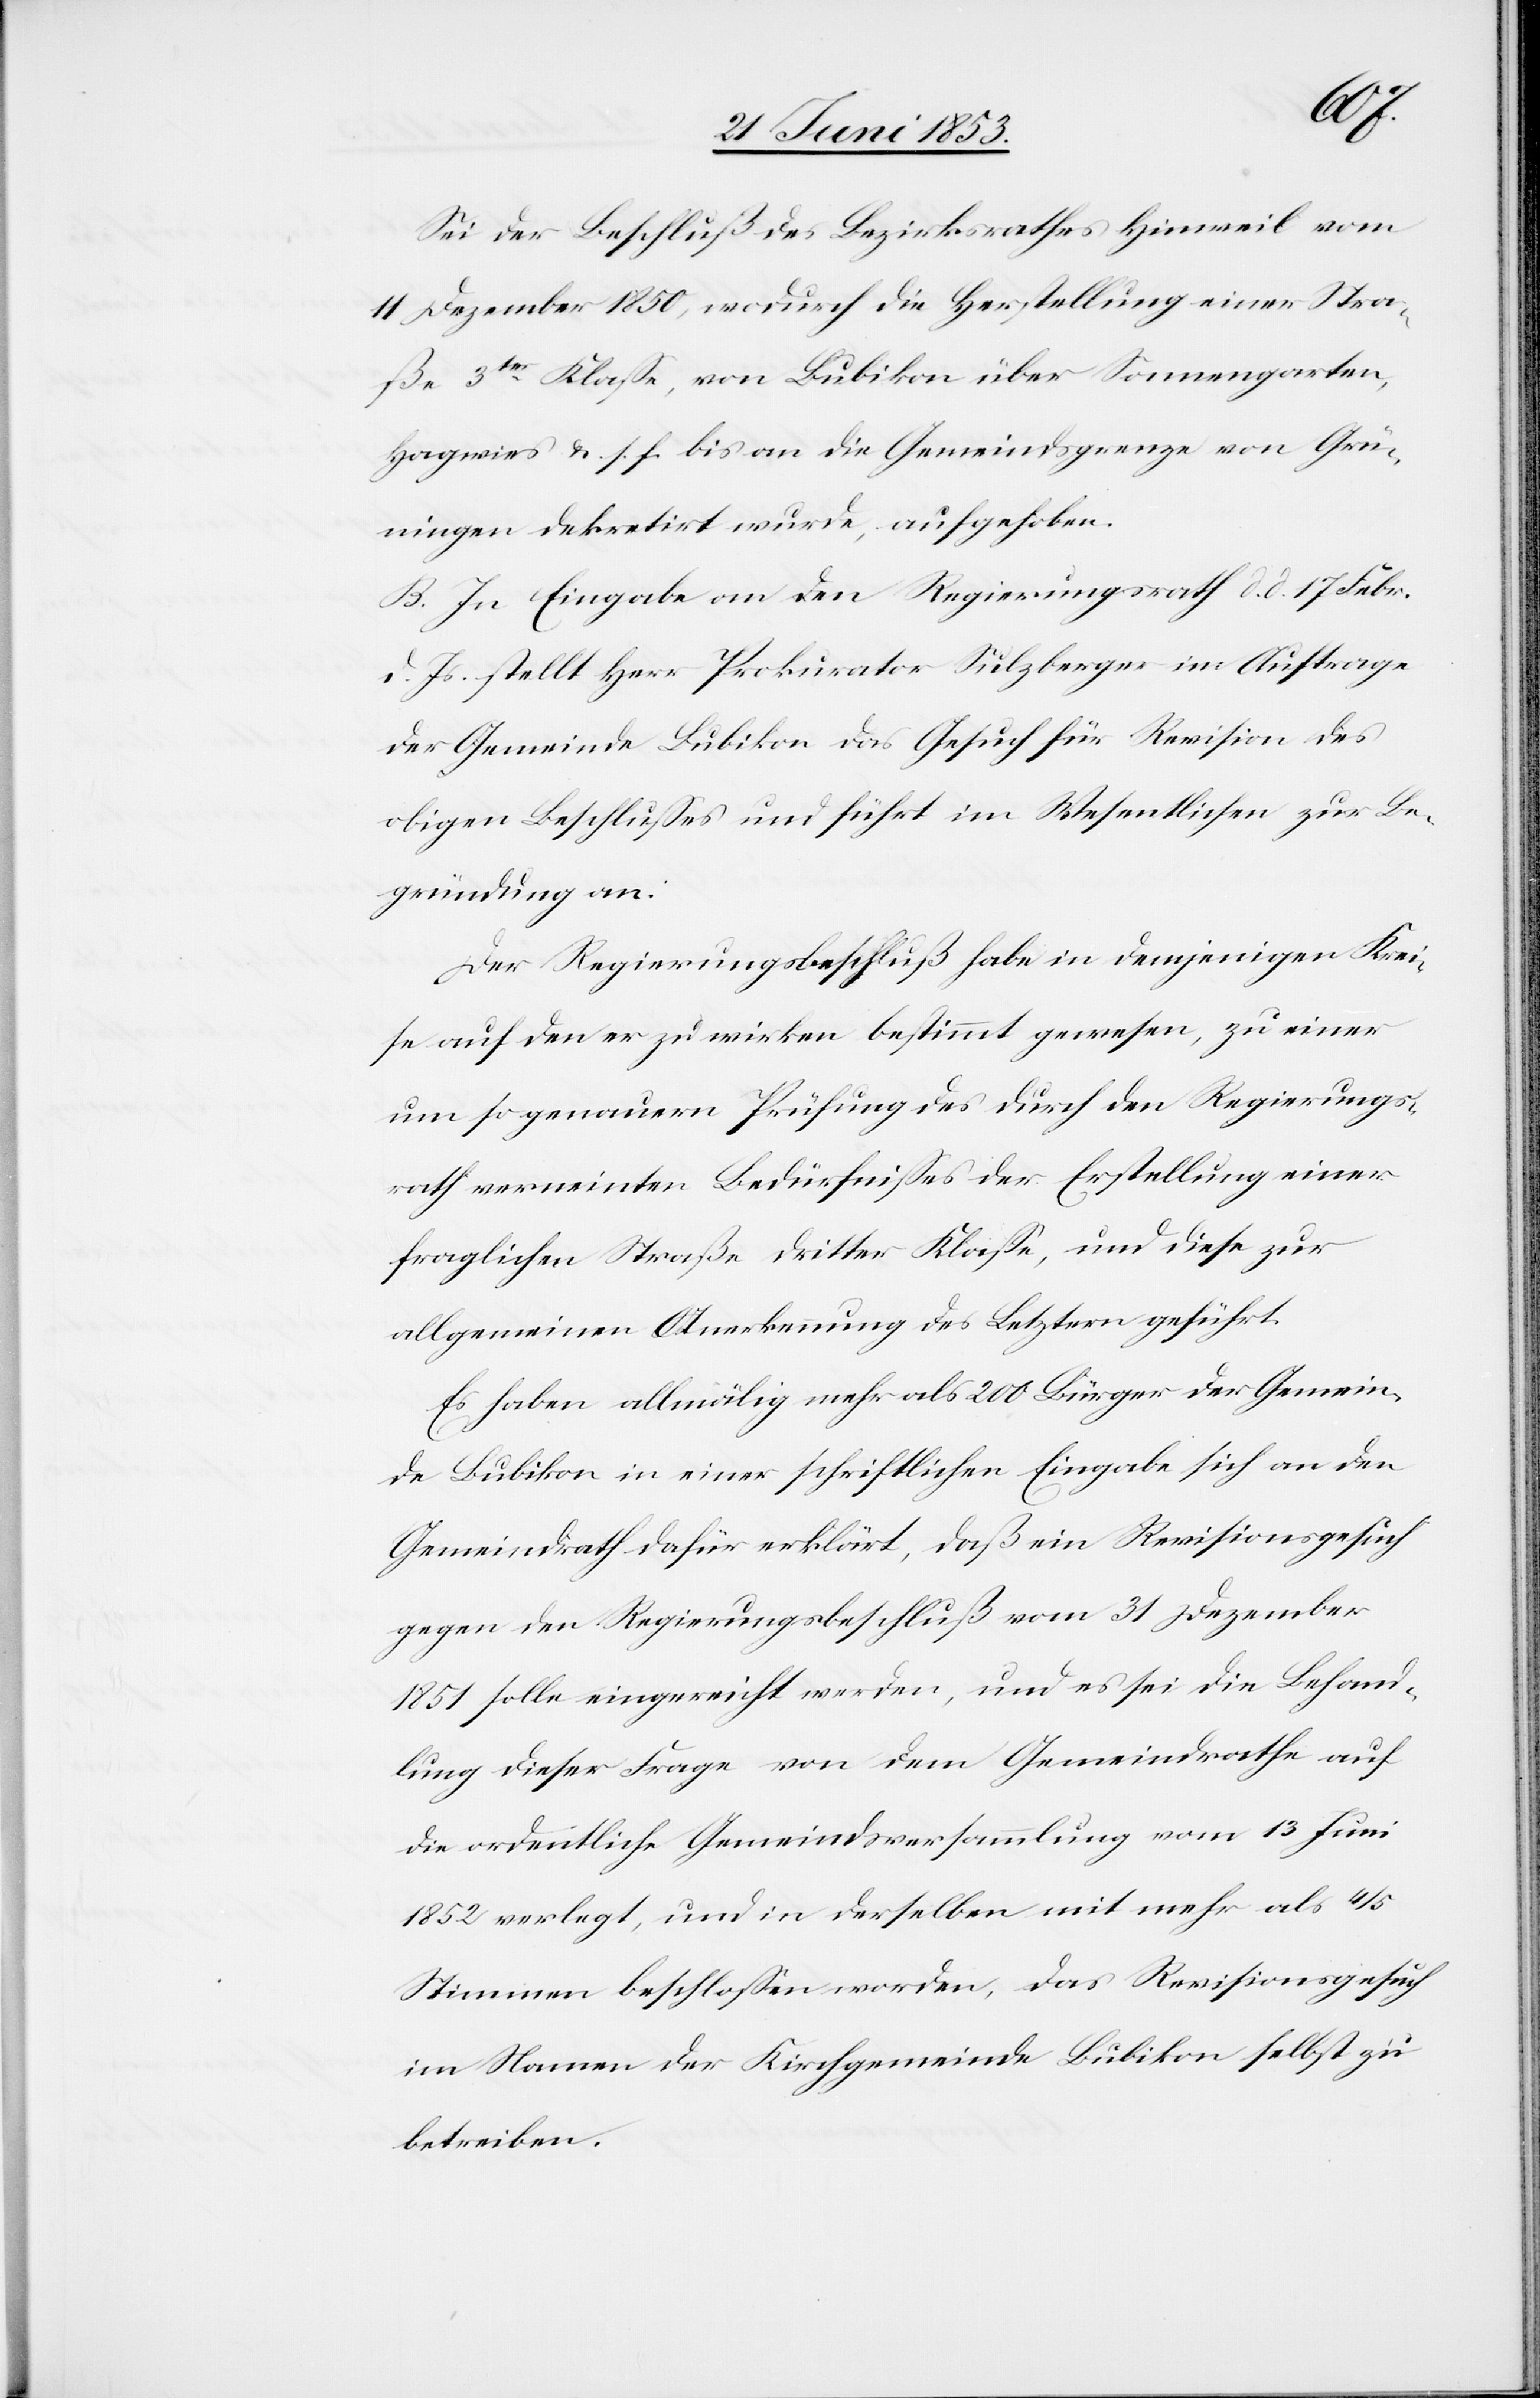
Sei der Beschluß des Bezirksrathes Hinweil vom
11 Dezember 1850, wodurch die Herstellung einer Stra¬
ße 3ter. Klaße, von Bubikon über Sonnengarten,
Hagwies u. s. f. bis an die Gemeindsgrenze von Grü¬
ningen dekretirt wurde, aufgehoben.
B. In Eingabe an den Regierungsrath d. d. 17 Febr.
d. Js. stellt Herr Prokurator Sulzberger im Auftrage
der Gemeinde Bubikon das Gesuch für Revision des
obigen Beschlußes und führt im Wesentlichen zur Be¬
gründung an:
Der Regierungsbeschluß habe in demjenigen Krei¬
se auf den er zu wirken bestimmt gewesen, zu einer
um so genauern Prüfung des durch den Regierungs¬
rath verneinten Bedürfnißes der Erstellung einer
fraglichen Straße dritter Klaße, und diese zur
allgemeinen Anerkennung des Letztern geführt.
Es haben allmählig mehr als 200 Bürger der Gemein¬
de Bubikon in einer schriftlichen Eingabe sich an den
Gemeindrath dafür erklärt, daß ein Revisionsgesuch
gegen den Regierungsbeschluß vom 31 Dezember
1851 solle eingereicht werden, und es sei die Behand¬
lung dieser Frage von dem Gemeindrathe auf
die ordentliche Gemeindsversammlung vom 13 Juni
1852 verlegt, und in derselben mit mehr als 4/5
Stimmen beschloßen worden, das Revisionsgesuch
im Namen der Kirchgemeinde Bubikon selbst zu
betreiben.